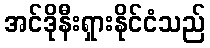
အင်ဒိုနီးရှားနိုင်ငံသည်